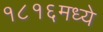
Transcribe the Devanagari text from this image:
१८१६मध्ये